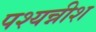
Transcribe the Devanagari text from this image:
पश्यन्नीश